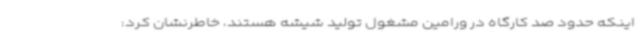
اینکه حدود صد کارگاه در ورامین مشغول تولید شیشه هستند، خاطرنشان کرد: